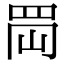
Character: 𦊤